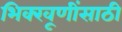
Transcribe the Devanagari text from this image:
भिक्खूणींसाठी